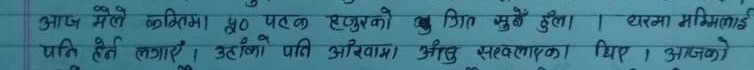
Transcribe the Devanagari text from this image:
आज मैले कम्तिमा ४० पटक हजुरको खुट्टा मुडेँ होला। घरमा समिमलाई पति हेर्न लगाए । उहाँको पति अभिराम अलि सञ्चालकका थिए । आजको